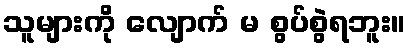
သူများကို လျောက် မ စွပ်စွဲရဘူး။